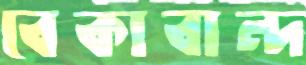
বেকাবান্দ